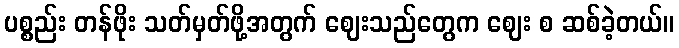
ပစ္စည်း တန်ဖိုး သတ်မှတ်ဖို့အတွက် ဈေးသည်တွေက ဈေး စ ဆစ်ခဲ့တယ်။